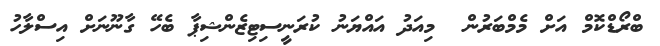
ބްރޯޑްކޮމް އަށް މެމްބަރުން  މިއަދު އައްޔަނު ކުރަނީސިޓިޒެންޝިޕާ ބެހޭ ގާނޫނަށް އިސްލާހު